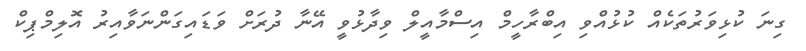
ގިނަ ކުޅިވަރުތަކެއް ކުޅުއްވި އިބްރާހީމް އިސްމާއީލް ވިދާޅުވީ އޭނާ ދުރަށް ވަޑައިގަންނަވާއިރު އޮލިމްޕިކް